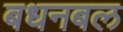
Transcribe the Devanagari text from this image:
बधनबल